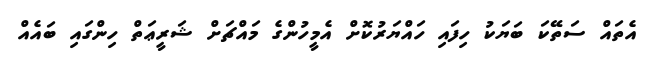
އެތައް ސަތޭކަ ބަޔަކު ހިފައި ހައްޔަރުކޮށް އެމީހުންގެ މައްޗަށް ޝަރީޢަތް ހިންގައި ބައެއް